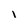
Character: i